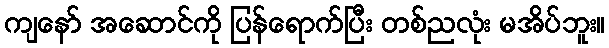
ကျနော် အဆောင်ကို ပြန်ရောက်ပြီး တစ်ညလုံး မအိပ်ဘူး။